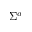
\Sigma ^ { a }